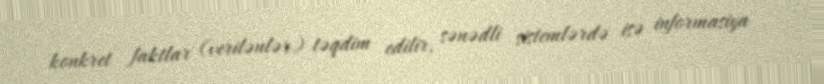
konkret faktlar (verilənlər) təqdim edilir, sənədli sistemlərdə isə informasiya